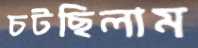
চটছিলাম